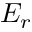
E _ { r }